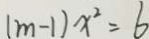
( m - 1 ) x ^ { 2 } = 6